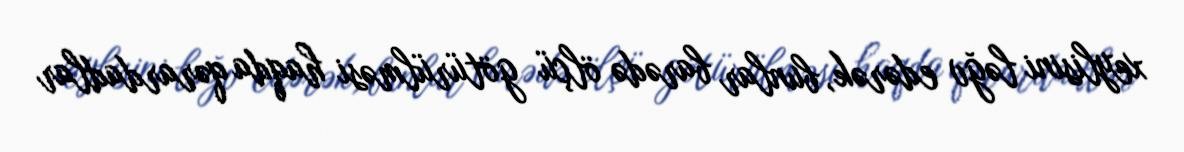
xeylisini ləğv edərək, bunlar barədə ölçü götürülməsi haqda qərardadlar